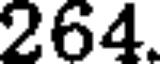
264.